Madras plague regulations and rules for the inspection of inward and outward bound vessels - Volume 2
Disease focus: Plague
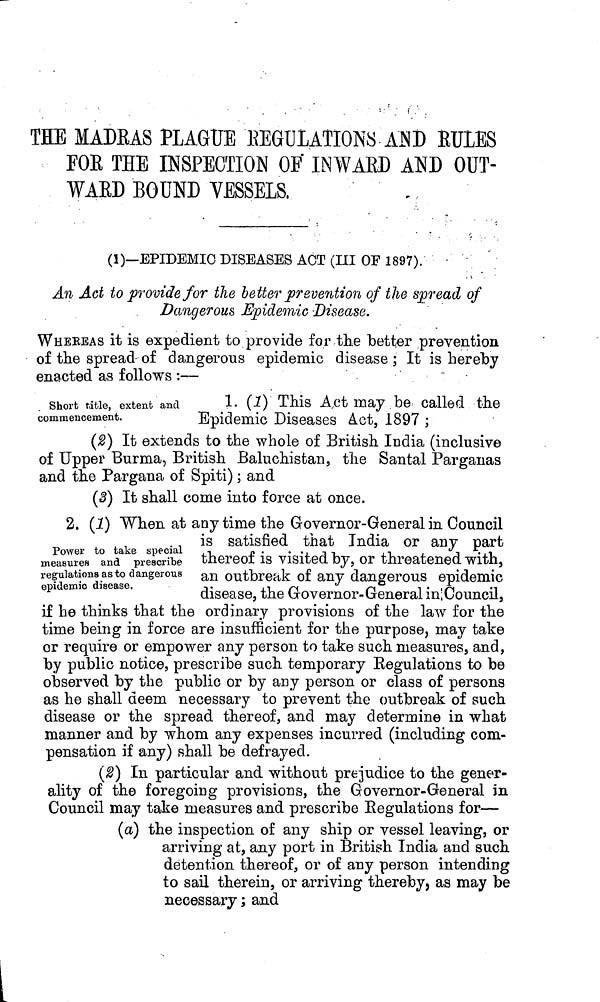
THE MADRAS PLAGUE EEGULATIONS AND BULES
FOE THE INSPECTION OP INWAED AND OUT-
WAED BOUND VESSELS,
(1)—EPIDEMIC DISEASES ACT (III OF 1897).
An Act to provide for the better prevention of the spread of
Dangerous Epidemic -Disease.
WHEREAS it is expedient to provide for-the better prevention
of the spread of dangerous epidemic disease ; It is hereby
enacted as follows :—
short title, extent and 1. (1) This Act may be called the
commencement.
Epidemic Diseases Act, 1897 ;
(2) It extends to the whole of British India (inclusive
of Upper Burma, British Baluchistan, the Santal Parganas
and the Pargana of Spiti) ; and
(3) It shall come into force at once.
2. (1) When at any time the Governor-General in Council
is satisfied that India or any part
Power to take special
measures and prescribe thereof is visited by, or threatened with,
regulations as to dangerous an outbreak of any dangerous epidemic
epidemic
disease.
disease, the Governor-General in:Council,
if he thinks that the ordinary provisions of the law for the
time being in force are insufficient for the purpose, may take
or require or empower any person to take such measures, and,
by public notice, prescribe such temporary Regulations to be
observed by the public or by any person or class of persons
as he shall deem necessary to prevent the outbreak of such
disease or the spread thereof, and may determine in what
manner and by whom any expenses incurred (including com-
pensation if any) shall be defrayed.
(2) In particular and without prejudice to the gener-
ality of the foregoing provisions, the Governor-General in
Council may take measures and prescribe Regulations for—
(a) the inspection of any ship or vessel leaving, or
arriving at, any port in British India and such
detention thereof, or of any person intending
to sail therein, or arriving thereby, as may be
necessary ; and